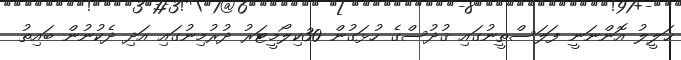
ޚަލީލު އޮންނަނީ ފަލަސްތީނުގައި ޤުދުސްގެ ހުޅަގުން 30ކިލޯމީޓަރު ދުރުމިނުގައި އަދި ދެކުނުން ބައިތު